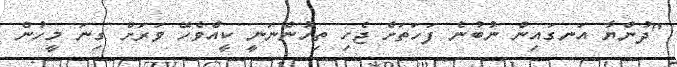
"ދުންޔާ އަނގައިން ނުބުނެ ފަހަތަށް ޖެހި ތިހުންނަނީ ކީއްވެހޭ ވަރަށް ގިނަ މީހުން